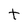
Character: t